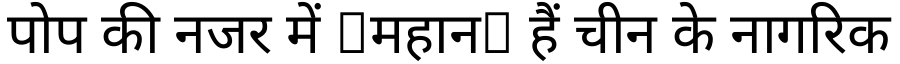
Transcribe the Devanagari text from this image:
पोप की नजर में महान हैं चीन के नागरिक